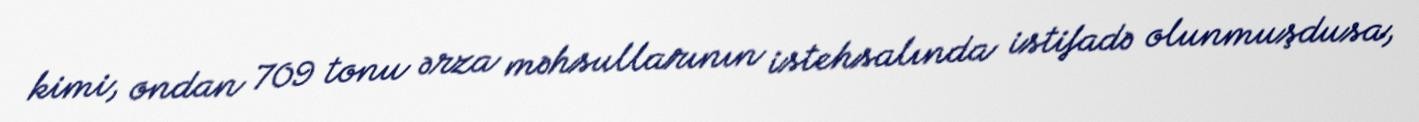
kimi, ondan 709 tonu ərza məhsullarının istehsalında istifadə olunmuşdusa,